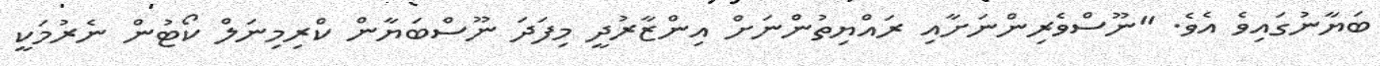
ބަޔާނުގައިވެ އެވެ. "ނޫސްވެރިންނަށާއި ރައްޔިތުންނަށް އިންޒާރުދީ މިފަދަ ނޫސްބަޔާން ކްރިމިނަލް ކޯޓުން ނެރުމަކީ